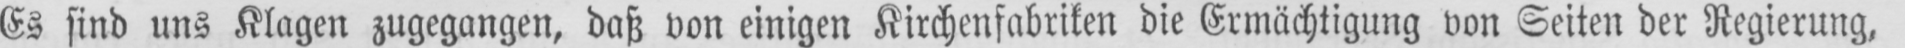
Es sind uns Klagen zugegangen, daß von einigen Kirchenfabriken die Ermächtigung von Seiten der Regierung,